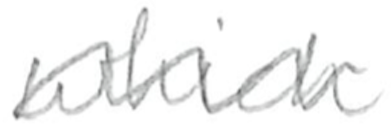
Text: which
Cross-out: wave
Writing tool: pencil